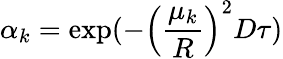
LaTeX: \alpha_{k}=\exp(-\left(\frac{\mu_{k}}{R}\right)^{2}D\tau)